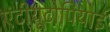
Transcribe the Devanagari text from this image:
एंटीयूटोपियाई